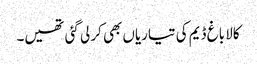
کالا باغ ڈیم کی تیاریاں بھی کر لی گئی تھیں۔